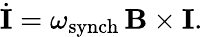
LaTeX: \dot{\mathbf I}=\omega_{\mathrm{synch}}\, {\mathbf B}\times{\mathbf I}.